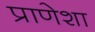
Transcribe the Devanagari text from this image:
प्राणेशा